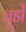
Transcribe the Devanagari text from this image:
चूडों